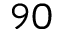
9 0